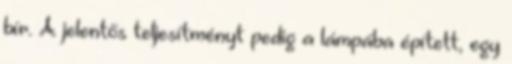
bír. A jelentős teljesítményt pedig a lámpába épített, egy